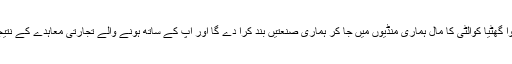
جب معاہدوں کے بارے میں پورا علم نہیں ہو گا، آپ کے ملک میں بنا ہوا گھٹیا کوالٹی کا مال ہماری منڈیوں میں جا کر ہماری صنعتیں بند کرا دے گا اور آپ کے ساتھ ہونے والے تجارتی معاہدے کے نتیجے میں پاکستان کو نقصان ہی نقصان ہو گا‘ تو پھر تحفظات تو ہوں گے۔